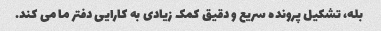
بله، تشکیل پرونده سریع و دقیق کمک زیادی به کارایی دفتر ما می کند.